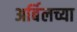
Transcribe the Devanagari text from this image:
अर्बिलच्या